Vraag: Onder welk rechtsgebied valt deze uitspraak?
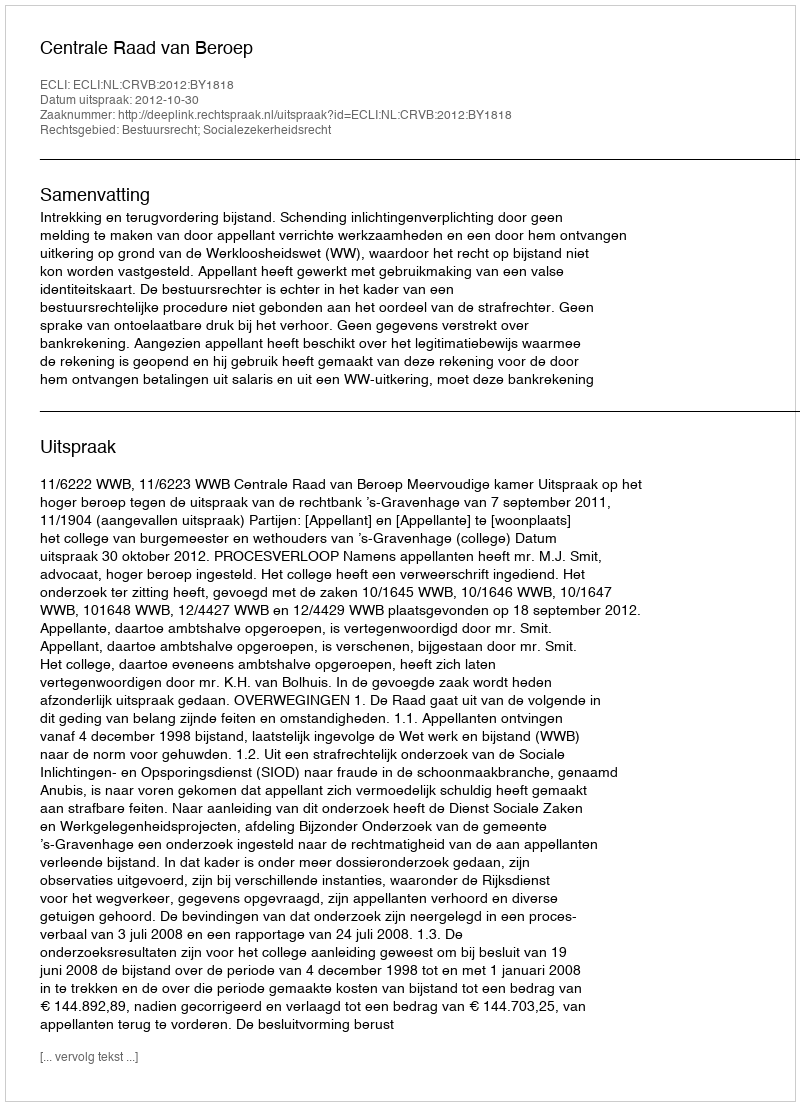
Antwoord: Bestuursrecht; Socialezekerheidsrecht